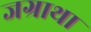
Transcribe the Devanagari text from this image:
जग्राथा